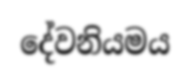
දේවනියමය